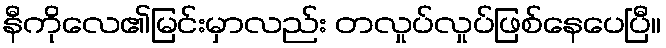
နီကိုလေ၏မြင်းမှာလည်း တလှုပ်လှုပ်ဖြစ်နေပေပြီ။